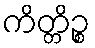
ကိတ္တိဉ္စ